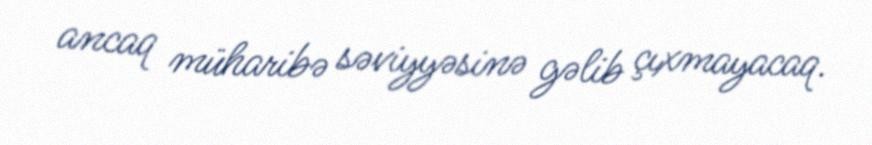
ancaq müharibə səviyyəsinə gəlib çıxmayacaq.